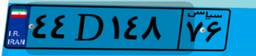
۴۴D۱۴۸۷۶